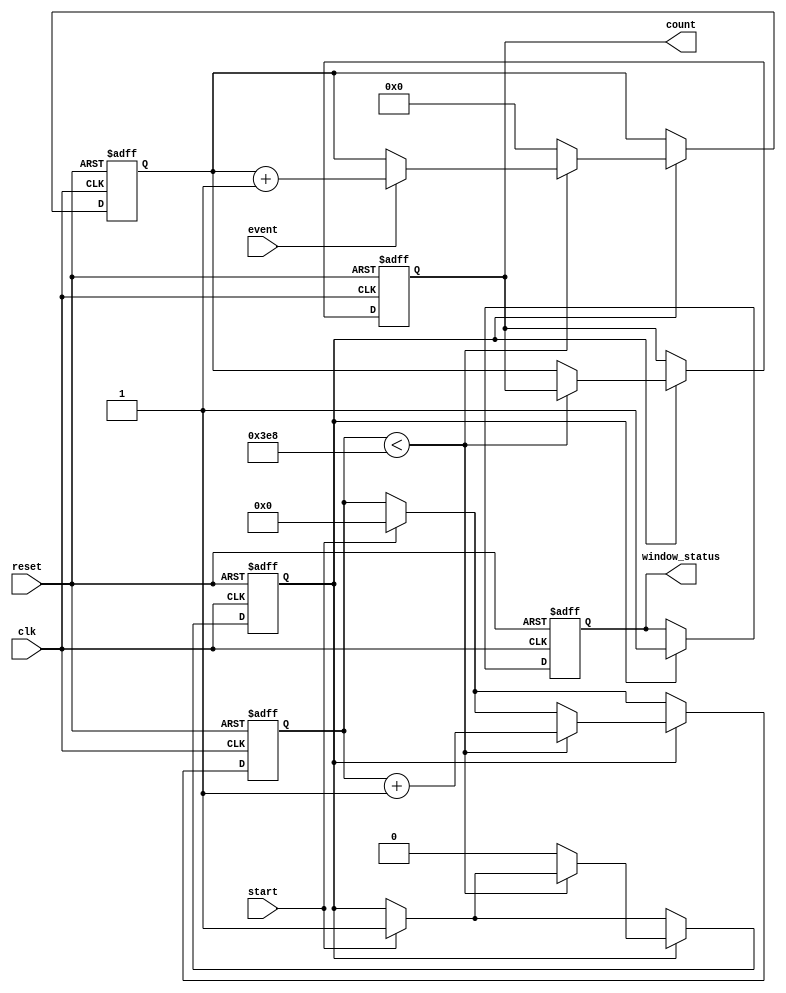
module WindowedCounter #(
    parameter WIDTH = 8,             // Bit width for the counter
    parameter WINDOW_DURATION = 1000 // Duration of the counting window in ns
)(
    input wire clk,                  // Clock signal
    input wire event,                // Event input signal
    input wire start,                // Signal to start counting window
    input wire reset,                // Asynchronous reset signal
    output reg [WIDTH-1:0] count,    // Count value output
    output reg window_status         // Status of the counting window
);

    // Internal signals
    reg [WIDTH-1:0] counter;         // Internal counter
    reg counting;                    // Flag to indicate counting state
    reg [31:0] timer;                // Timer for window duration

    always @(posedge clk or posedge reset) begin
        if (reset) begin
            // Reset all registers and outputs
            counter <= 0;
            count <= 0;
            counting <= 0;
            timer <= 0;
            window_status <= 0;
        end else begin
            if (start) begin
                // Start counting window
                counting <= 1;
                timer <= 0; // Reset timer
            end
            
            if (counting) begin
                // Increment counter on event
                if (event) begin
                    counter <= counter + 1;
                end
                
                // Increment timer
                if (timer < WINDOW_DURATION) begin
                    timer <= timer + 1;
                end else begin
                    // Window duration has elapsed
                    count <= counter;     // Latch the count value
                    counting <= 0;        // Stop counting
                    window_status <= 0;   // Set window status to idle
                    counter <= 0;         // Reset counter for next window
                end
                
                // Update window status
                window_status <= 1; // Active while counting
            end
        end
    end

endmodule